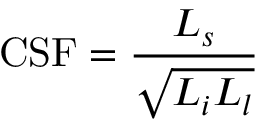
\mathrm { C S F } = \frac { L _ { s } } { \sqrt { L _ { i } L _ { l } } }